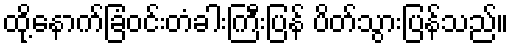
ထို့နောက်ခြံဝင်းတံခါးကြီးပြန် ပိတ်သွားပြန်သည်။